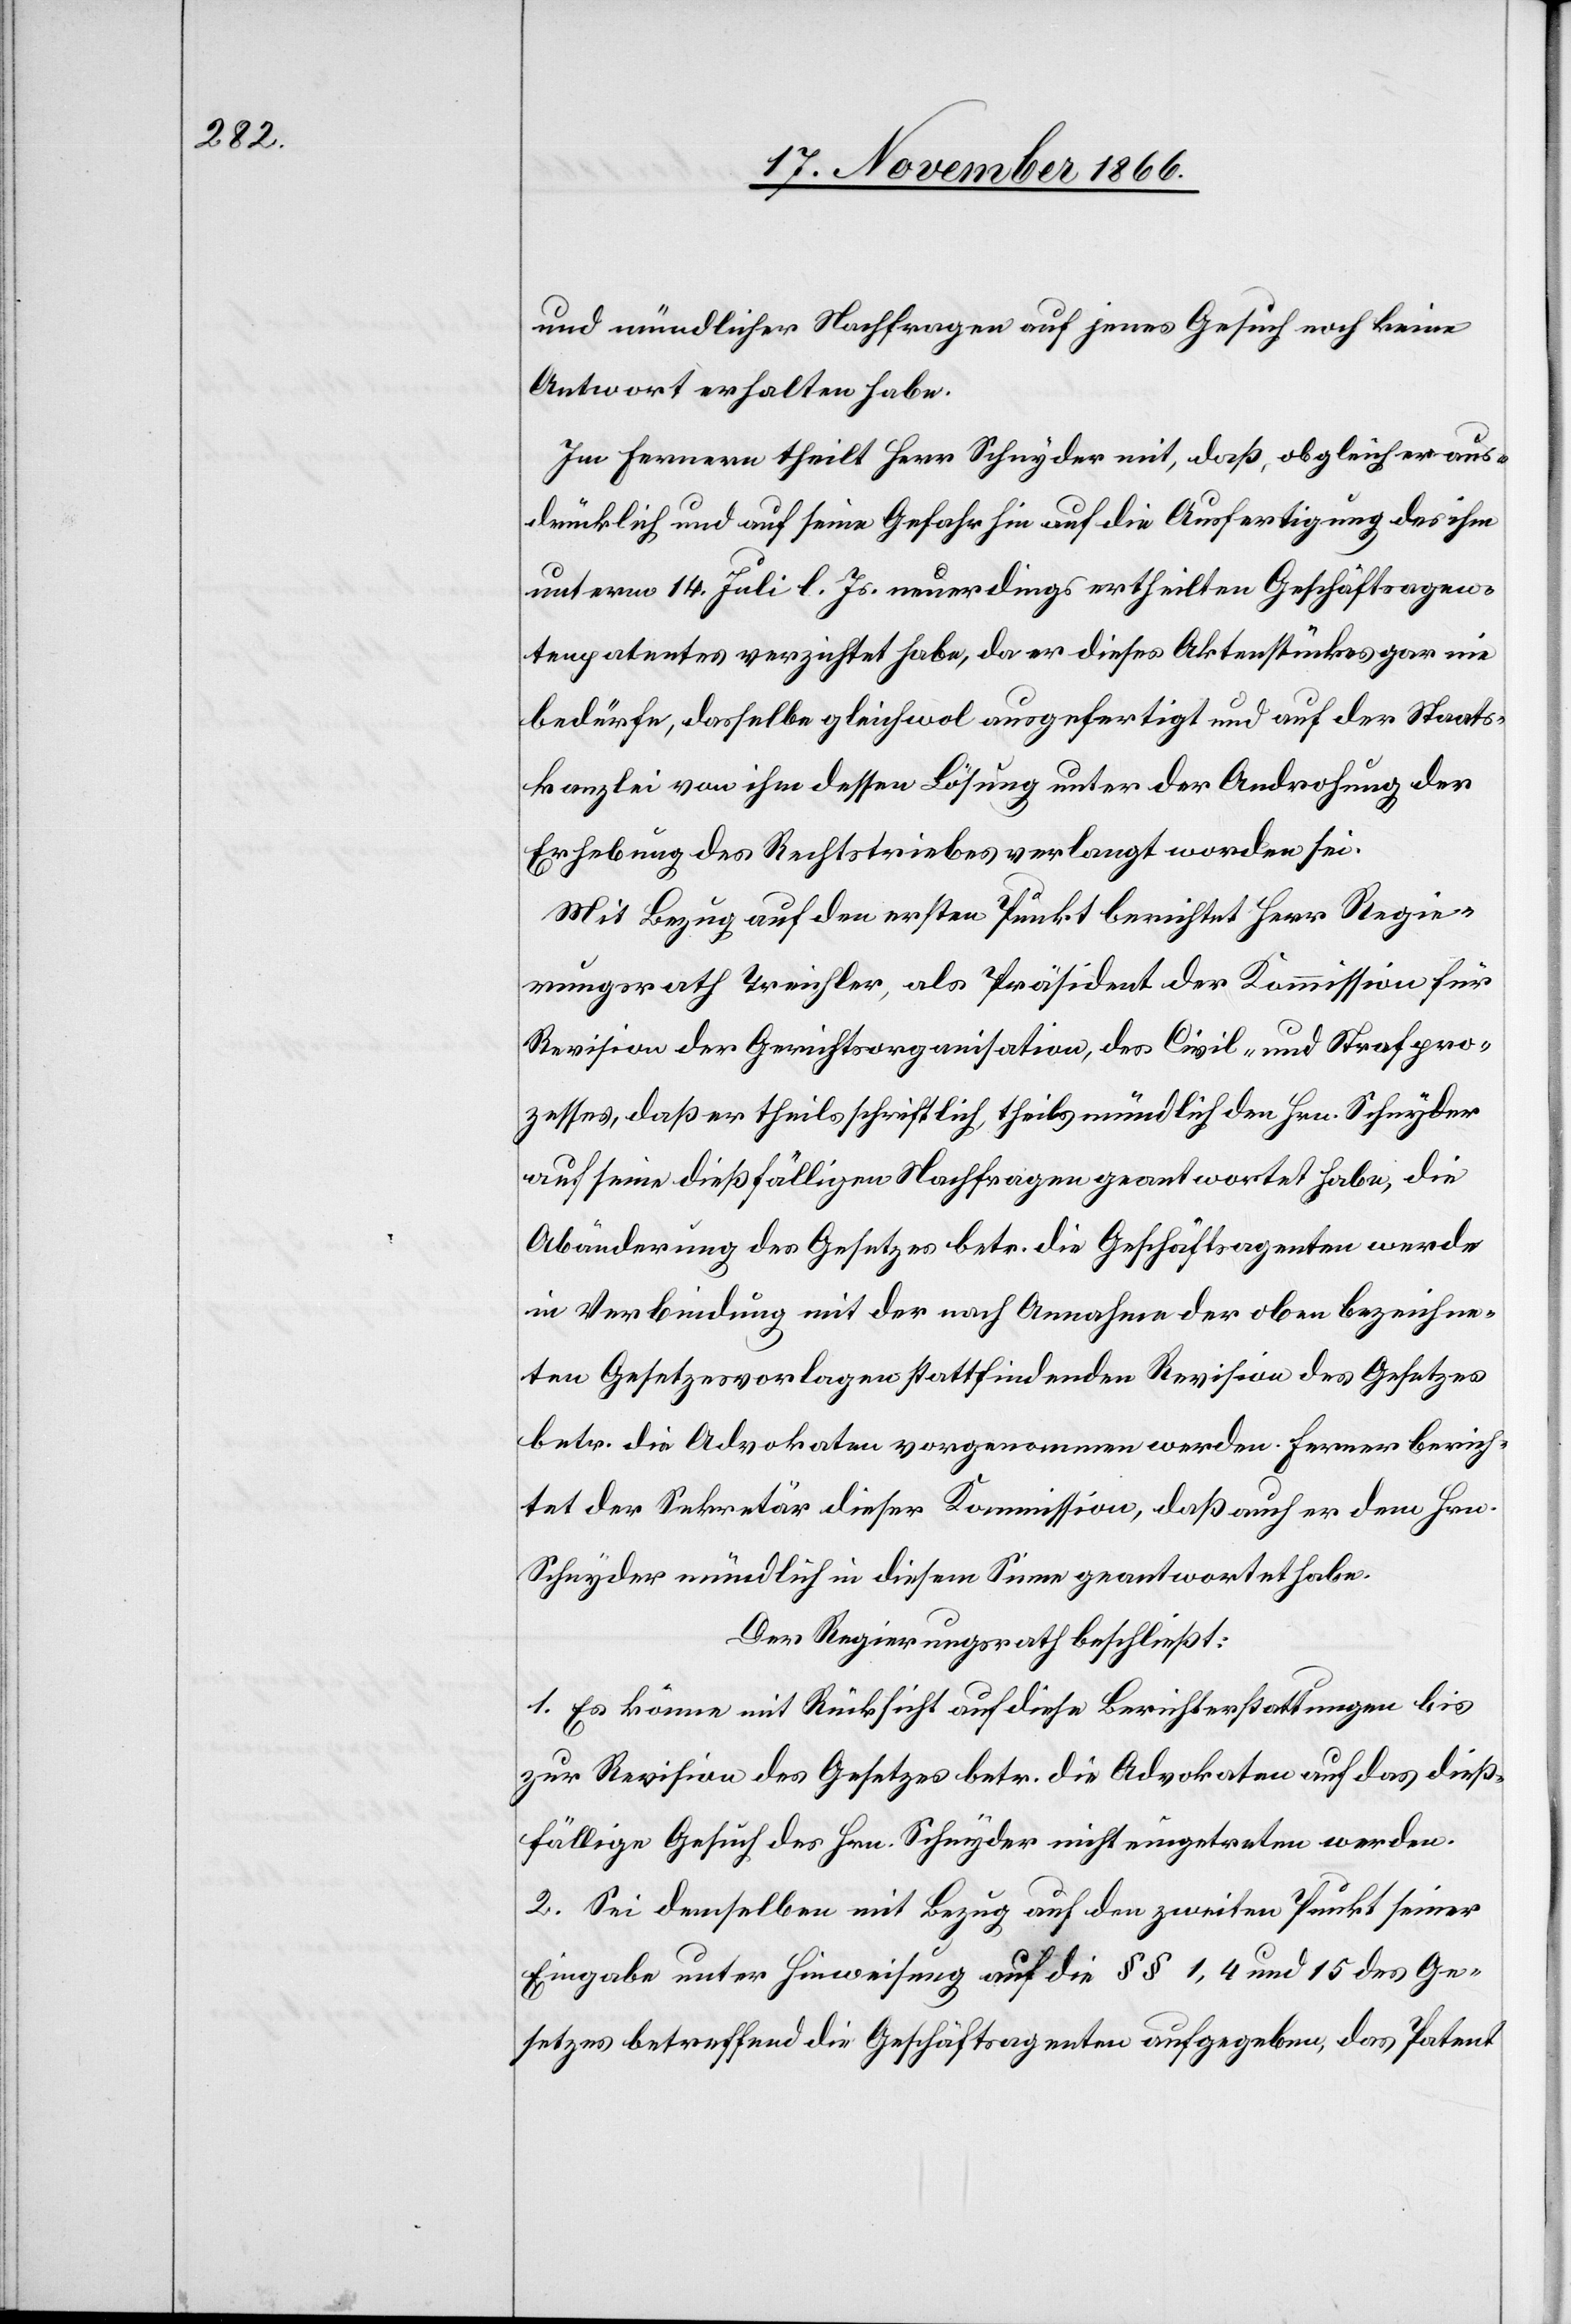
und mündlicher Nachfragen auf jenes Gesuch noch keine
Antwort erhalten habe.
Im Fernern theilt Herr Schnyder mit, daß, obgleich er aus¬
drücklich und auf seine Gefahr hin auf die Ausfertigung des ihm
unterm 14. Juli l. Js. neuerdings ertheilten Geschäftsagen¬
tenpatentes verzichtet habe, da er dieses Aktenstückes gar nie
bedürfe, dasselbe gleichwol ausgefertigt und auf der Staats¬
kanzlei von ihm dessen Lösung unter der Androhung der
Erhebung des Rechtstriebes verlangt worden sei.
Mit Bezug auf den ersten Punkt berichtet Herr Regie¬
rungsrath Treichler, als Präsident der Kommission für
Revision der Gerichtsorganisation, des Civil- und Strafpro¬
zesses, daß er theils schriftlich, theils mündlich den Hrn. Schnyder
auf seine dießfälligen Nachfragen geantwortet habe, die
Abänderung des Gesetzes betr. die Geschäftsagenten werde
in Verbindung mit der nach Annahme der oben bezeichne¬
ten Gesetzesvorlagen stattfindenden Revision des Gesetzes
betr. die Advokaten vorgenommen werden. Ferner berich¬
tet der Sekretär dieser Kommission, daß auch er dem Hrn.
Schnyder mündlich in diesem Sinne geantwortet habe.
Der Regierungsrath beschließt:
1. Es könne mit Rücksicht auf diese Berichterstattungen bis
zur Revision des Gesetzes betr. die Advokaten auf das dieß¬
fällige Gesuch des Hrn. Schnyder nicht eingetreten werden.
2. Sei demselben mit Bezug auf den zweiten Punkt seiner
Eingabe unter Hinweisung auf die § § 1, 4 und 15 des Ge¬
setzes betreffend die Geschäftsagenten aufgegeben, das Patent